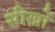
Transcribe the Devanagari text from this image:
सीखों